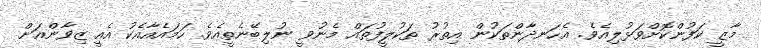
މާޒީ ކަފުންކޮށްވަޅުލިއެވެ. އެހަނދާންތަކުން އިތުރު ތަކުލީފުތައް މެނުވީ ނުލިބޭނެތީއެވެ. ހަމައެއާއެކު އެއީ ޒިވާންއަށް